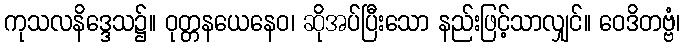
ကုသလနိဒ္ဒေသ၌။ ဝုတ္တနယေနေဝ၊ ဆိုအပ်ပြီးသော နည်းဖြင့်သာလျှင်။ ဝေဒိတဗ္ဗံ၊